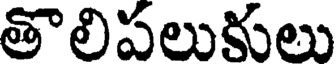
తొలిపలుకులు